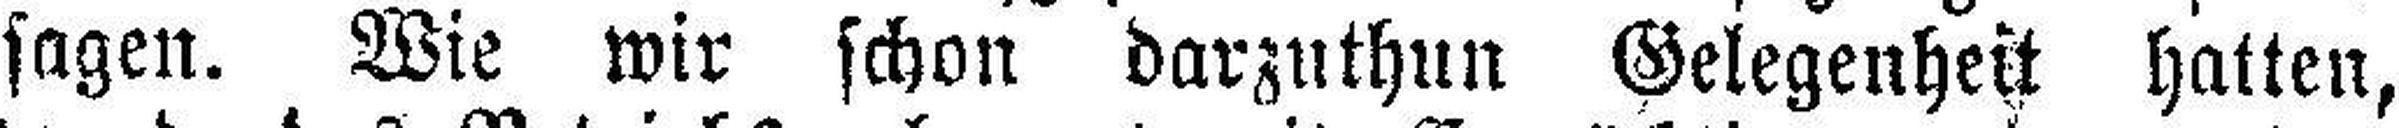
sagen. Wie wir schon darzuthun Gelegenheit hatten,